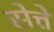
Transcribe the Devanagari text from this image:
सेत्ते